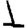
Digit: 1